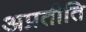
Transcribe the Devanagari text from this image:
अप्रतीति